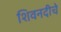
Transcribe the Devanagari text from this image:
शिवनदीचे